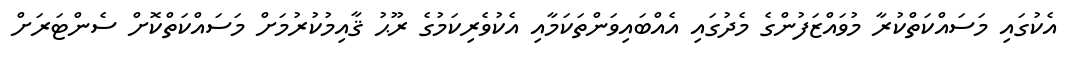
އެކުގައި މަސައްކަތްކުރާ މުވައްޒަފުންގެ މެދުގައި އެއްބައިވަންތަކަމާއި އެކުވެރިކަމުގެ ރޫޙު ޤާއިމުކުރުމަށް މަސައްކަތްކޮށް ސެންޓަރަށް